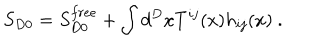
S _ { D 0 } = S _ { D 0 } ^ { f r e e } + \int d ^ { D } x T ^ { i j } ( x ) h _ { i j } ( x ) ~ .